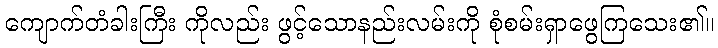
ကျောက်တံခါးကြီး ကိုလည်း ဖွင့်သောနည်းလမ်းကို စုံစမ်းရှာဖွေကြသေး၏။